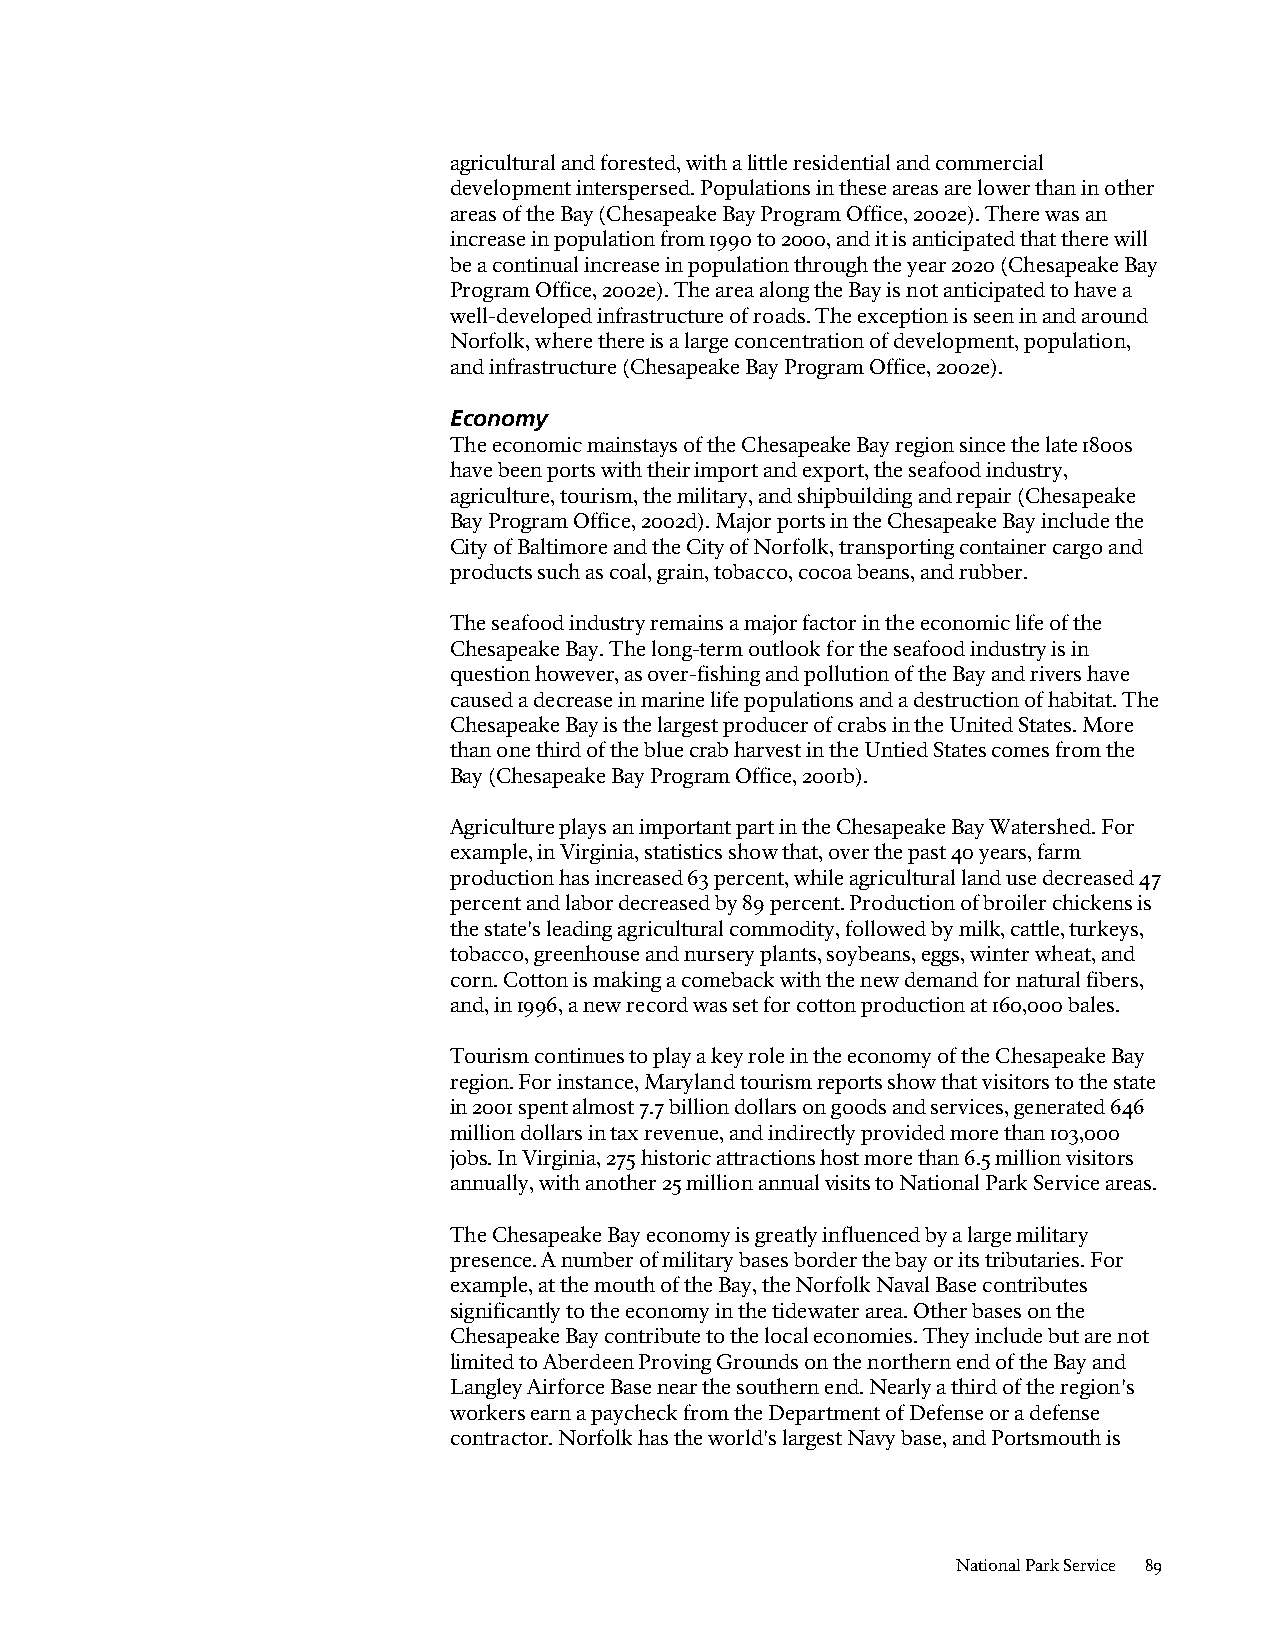
agricultural and forested, with a little residential and commercial
 development interspersed. Populations in these areas are lower than in other
 areas of the Bay (Chesapeake Bay Program Office, 2002e). There was an
 increase in population from 1990 to 2000, and it is anticipated that there will
 be a continual increase in population through the year 2020 (Chesapeake Bay
 Program Office, 2002e). The area along the Bay is not anticipated to have a
 well-developed infrastructure of roads. The exception is seen in and around
 Norfolk, where there is a large concentration of development, population,
 and infrastructure (Chesapeake Bay Program Office, 2002e).
 Economy
 The economic mainstays of the Chesapeake Bay region since the late 1800s
 have been ports with their import and export, the seafood industry,
 agriculture, tourism, the military, and shipbuilding and repair (Chesapeake
 Bay Program Office, 2002d). Major ports in the Chesapeake Bay include the
 City of Baltimore and the City of Norfolk, transporting container cargo and
 products such as coal, grain, tobacco, cocoa beans, and rubber.
 The seafood industry remains a major factor in the economic life of the
 Chesapeake Bay. The long-term outlook for the seafood industry is in
 question however, as over-fishing and pollution of the Bay and rivers have
 caused a decrease in marine life populations and a destruction of habitat. The
 Chesapeake Bay is the largest producer of crabs in the United States. More
 than one third of the blue crab harvest in the Untied States comes from the
 Bay (Chesapeake Bay Program Office, 2001b).
 Agriculture plays an important part in the Chesapeake Bay Watershed. For
 example, in Virginia, statistics show that, over the past 40 years, farm
 production has increased 63 percent, while agricultural land use decreased 47
 percent and labor decreased by 89 percent. Production of broiler chickens is
 the state's leading agricultural commodity, followed by milk, cattle, turkeys,
 tobacco, greenhouse and nursery plants, soybeans, eggs, winter wheat, and
 corn. Cotton is making a comeback with the new demand for natural fibers,
 and, in 1996, a new record was set for cotton production at 160,000 bales.
 Tourism continues to play a key role in the economy of the Chesapeake Bay
 region. For instance, Maryland tourism reports show that visitors to the state
 in 2001 spent almost 7.7 billion dollars on goods and services, generated 646
 million dollars in tax revenue, and indirectly provided more than 103,000
 jobs. In Virginia, 275 historic attractions host more than 6.5 million visitors
 annually, with another 25 million annual visits to National Park Service areas.
 The Chesapeake Bay economy is greatly influenced by a large military
 presence. A number of military bases border the bay or its tributaries. For
 example, at the mouth of the Bay, the Norfolk Naval Base contributes
 significantly to the economy in the tidewater area. Other bases on the
 Chesapeake Bay contribute to the local economies. They include but are not
 limited to Aberdeen Proving Grounds on the northern end of the Bay and
 Langley Airforce Base near the southern end. Nearly a third of the region's
 workers earn a paycheck from the Department of Defense or a defense
 contractor. Norfolk has the world's largest Navy base, and Portsmouth is
 National Park Service 89